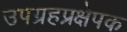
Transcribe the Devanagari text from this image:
उपग्रहप्रक्षेपक